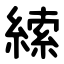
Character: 䌇